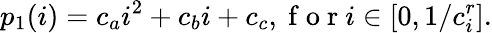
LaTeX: p_{1}(i)=c_{a}i^{2}+c_{b}i+c_{c},\mathrm{~f~o~r~}i\in[0,1/c_{i}^{r}].